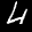
Label: 4